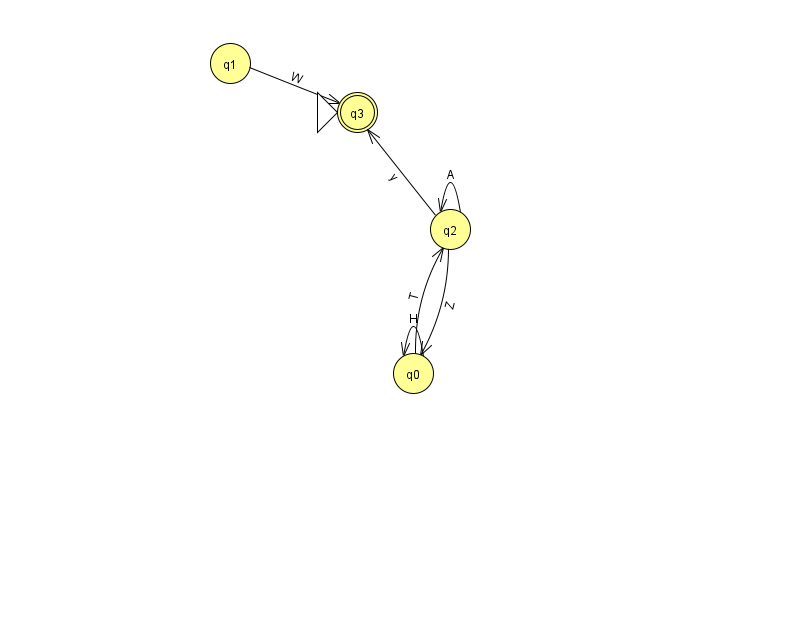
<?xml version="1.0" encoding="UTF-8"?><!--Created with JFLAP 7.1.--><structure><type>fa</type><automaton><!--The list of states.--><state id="0" name="q0"><x>413.0</x><y>360.0</y></state><state id="1" name="q1"><x>230.0</x><y>50.0</y></state><state id="2" name="q2"><x>450.0</x><y>216.0</y></state><state id="3" name="q3"><x>357.0</x><y>99.0</y><initial/><final/></state><!--The list of transitions.--><transition><from>2</from><to>2</to><read>A</read></transition><transition><from>1</from><to>3</to><read>W</read></transition><transition><from>0</from><to>2</to><read>T</read></transition><transition><from>0</from><to>0</to><read>H</read></transition><transition><from>2</from><to>0</to><read>Z</read></transition><transition><from>2</from><to>3</to><read>y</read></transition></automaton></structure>